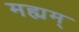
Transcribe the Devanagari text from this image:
मह्यम्